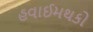
હવાઈમથકો